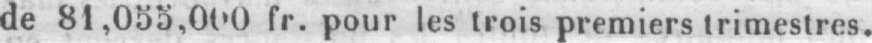
de 81,055,000 fr. pour les trois premiers trimestres.